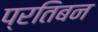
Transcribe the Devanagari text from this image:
प्रतिबन